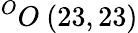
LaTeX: ^{O}O\ (23,23)